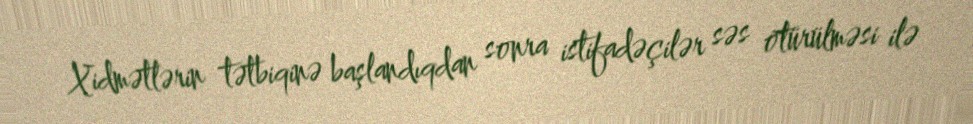
Xidmətlərin tətbiqinə başlandıqdan sonra istifadəçilər səs ötürülməsi ilə